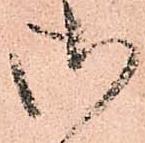
御